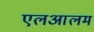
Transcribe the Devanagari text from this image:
एलआलम